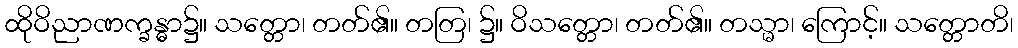
ထိုဝိညာဏက္ခန္ဓာ၌။ သတ္တော၊ တတ်၏။ တတြ၊ ၌။ ဝိသတ္တော၊ တတ်၏။ တသ္မာ၊ ကြောင့်။ သတ္တောတိ၊